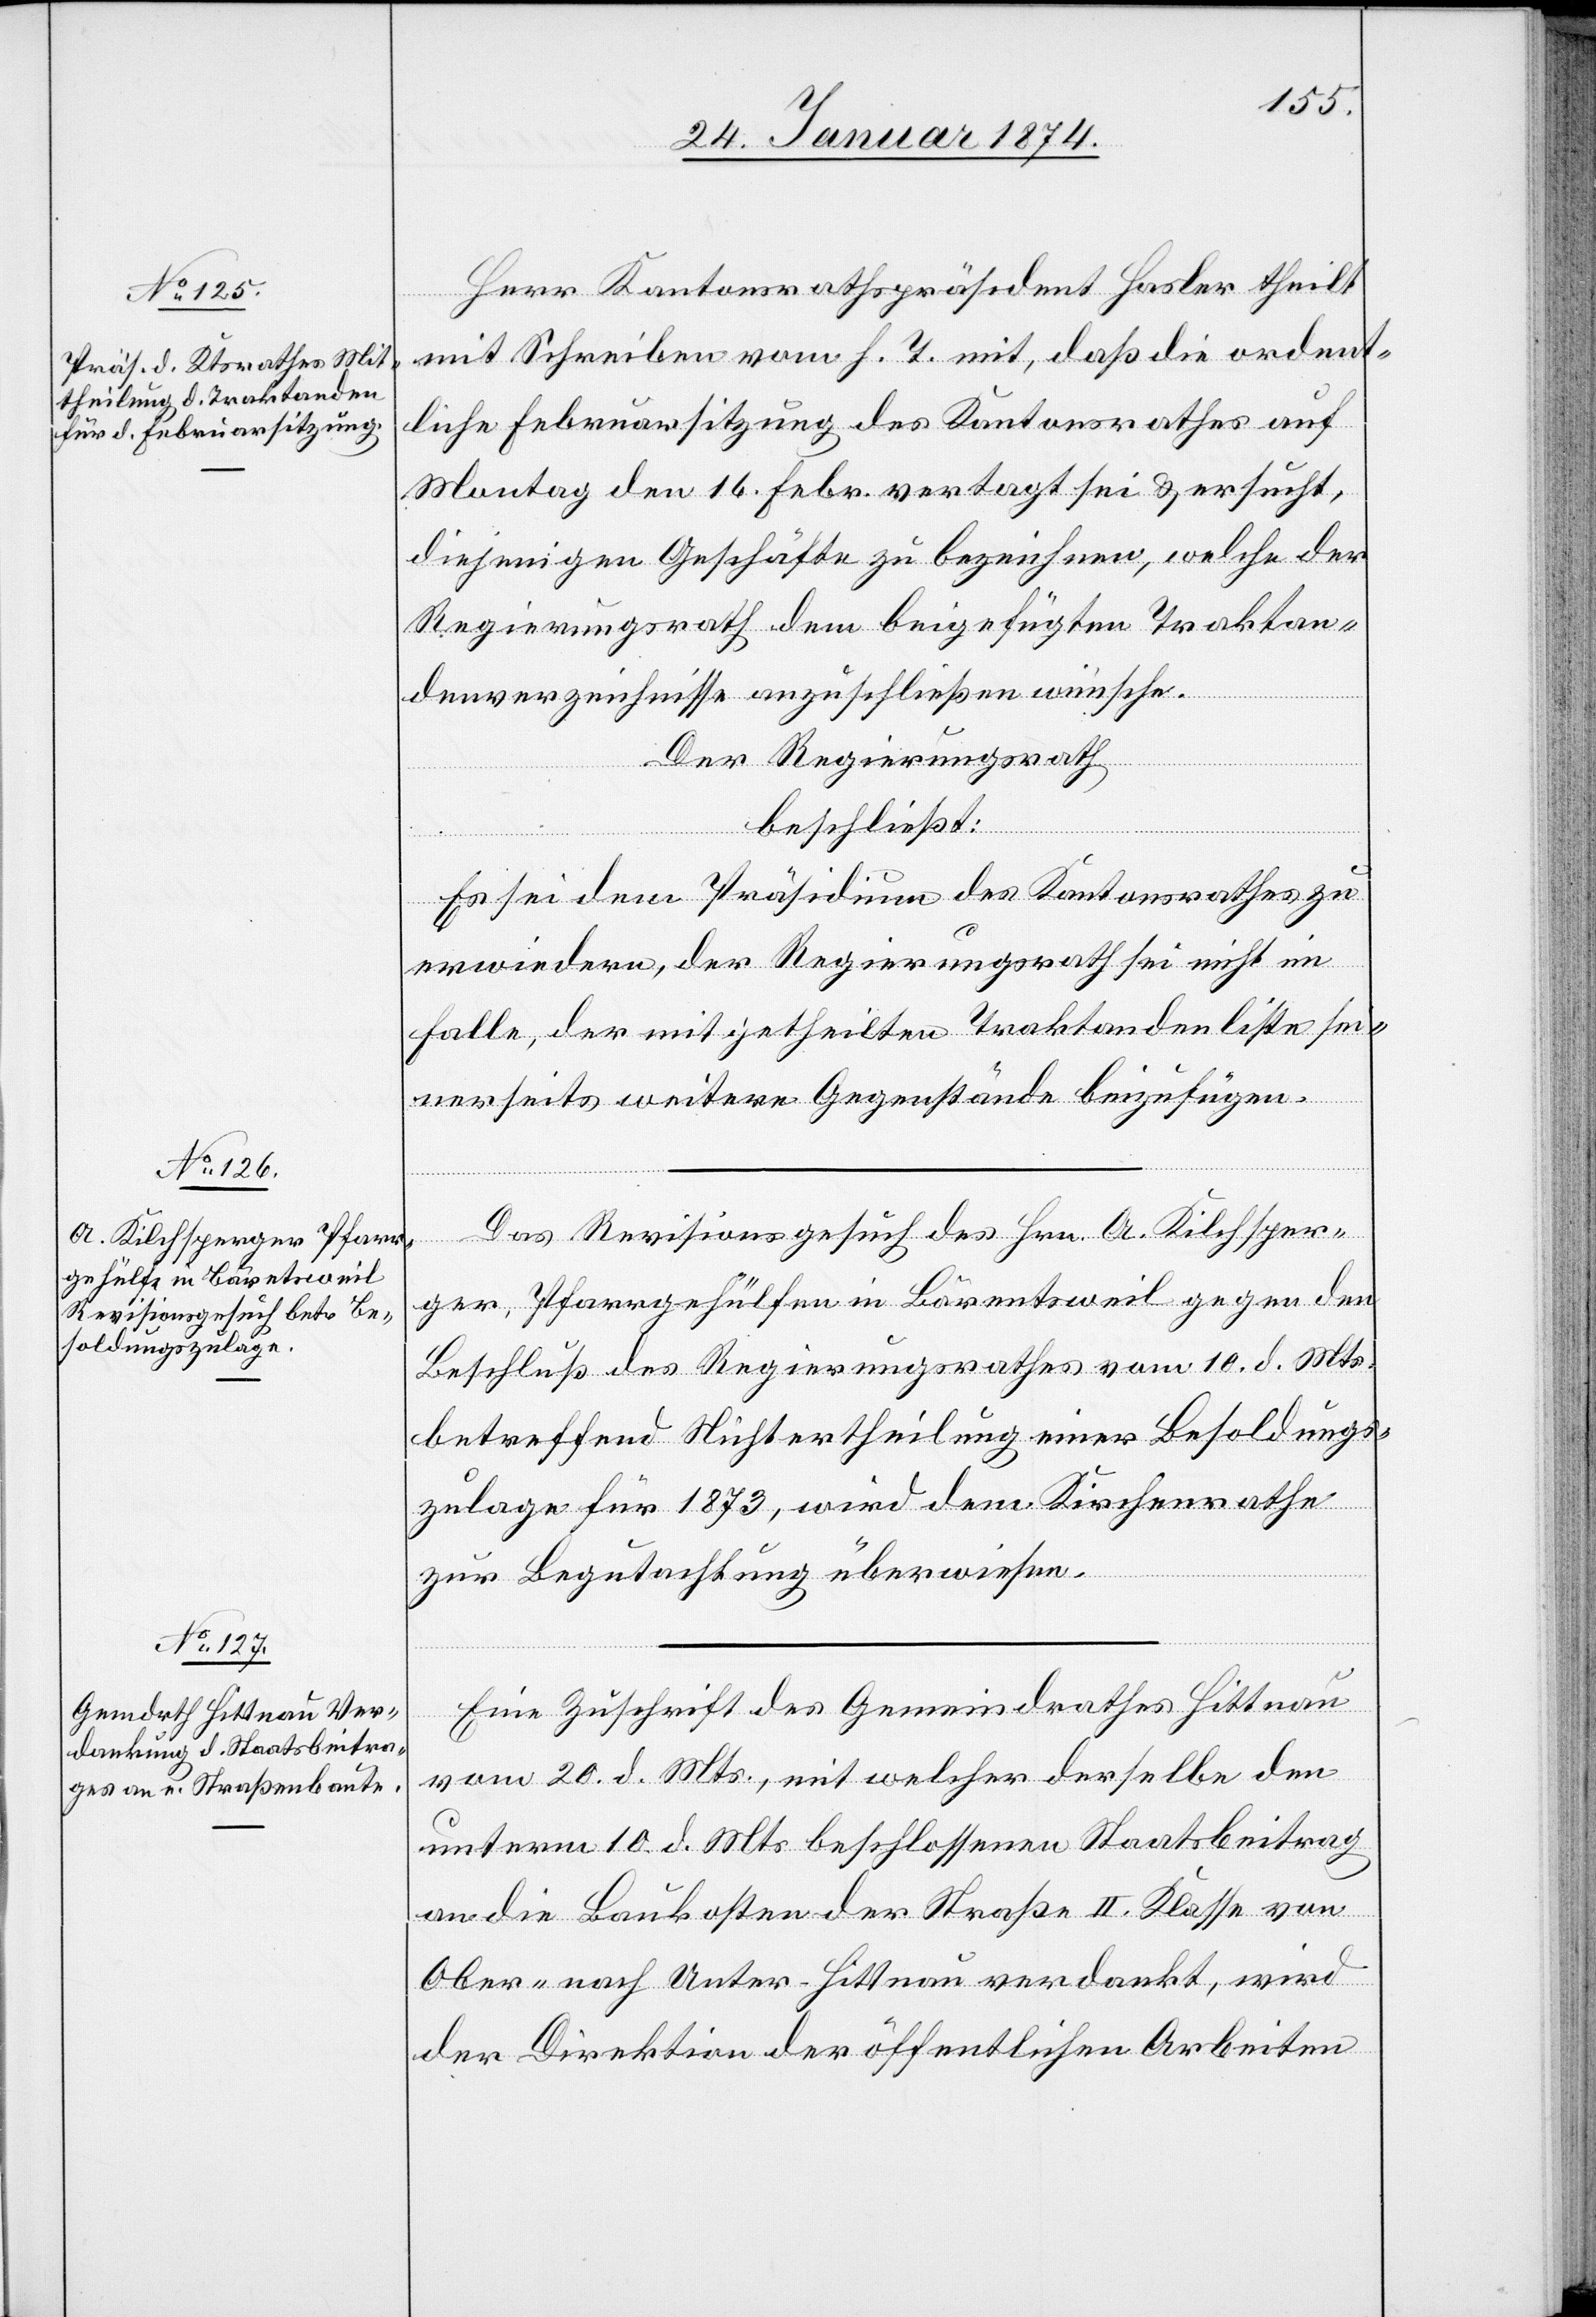
Herr Kantonsrathspräsident Hasler theilt
mit Schreiben vom h. T. mit, daß die ordent¬
liche Februarsitzung des Kantonsrathes auf
Montag den 16. Febr. vertagt sei & ersucht,
diejenigen Geschäfte zu bezeichnen, welche der
Regierungsrath dem beigefügten Traktan¬
denverzeichnisse anzuschließen wünsche.
Der Regierungsrath
beschließt:
Es sei dem Präsidium des Kantonsrathes zu
erwiedern, der Regierungsrath sei nicht im
Falle, der mitgetheilten Traktandenlisten sei¬
nerseits weitere Gegenstände beizufügen.
Das Revisionsgesuch des Hrn. A. Kilchsper¬
ger, Pfarrgehülfen in Bärentsweil gegen den
Beschluß des Regierungsrathes vom 10. d. Mts.
betreffend Nichtertheilung einer Besoldungs¬
zulage für 1873, wird dem Kirchenrathe
zur Begutachtung überwiesen.
Eine Zuschrift des Gemeindrathes Hittnau
vom 20. d. Mts., mit welcher derselbe dem
unterm 10. d. Mts., beschlossenen Staatsbeitrag
an die Baukosten der Straße II. Klasse von
Ober- nach Unter-Hittnau verdankt, wird
der Direktion der öffentlichen Arbeiten